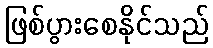
ဖြစ်ပွားစေနိုင်သည်